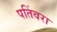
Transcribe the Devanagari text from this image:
पतिंवरा